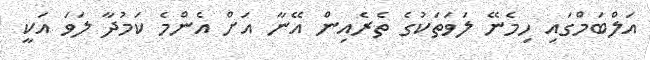
އަލްބަމްގައި ހިމެނޭ ލަވަތަކުގެ ތެރެއިން އޭނާ އަށް އެންމެ ކަމުދާ ލަވަ އަކީ